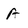
Character: A